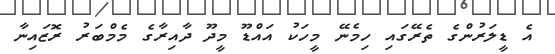
އެ ޑީލަރުންގެ ތެރޭގައި ހިމެނޭ މީހަކު އައްޑޫ މީދޫ ދާއިރާގެ މެމްބަރު ރޮޒައިނާ